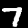
Digit: 7